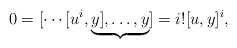
\begin{align*}0=[\cdots[u^i,\underbrace{y],\ldots,y}_{}]=i![u,y]^i,\end{align*}